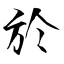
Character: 於